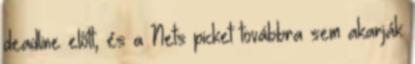
deadline előtt, és a Nets picket továbbra sem akarják